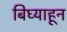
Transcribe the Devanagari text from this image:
बिघ्याहून